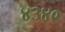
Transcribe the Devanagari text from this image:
४३४९